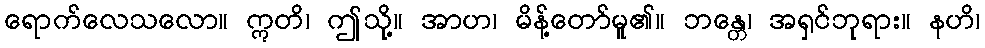
ရောက်လေသလော။ ဣတိ၊ ဤသို့။ အာဟ၊ မိန့်တော်မူ၏။ ဘန္တေ၊ အရှင်ဘုရား။ နဟိ၊